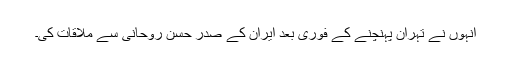
انہوں نے تہران پہنچنے کے فوری بعد ایران کے صدر حسن روحانی سے ملاقات کی۔